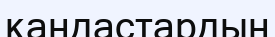
қандастардың